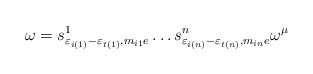
\begin{align*}\omega =s_{\varepsilon_{i(1)} - \varepsilon_{t(1)},m_{i1}e}^1\ldots s_{\varepsilon_{i(n)} - \varepsilon_{t(n)},m_{in}e}^n\omega^\mu\end{align*}